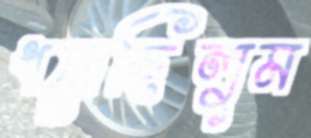
ধরেছিলুম